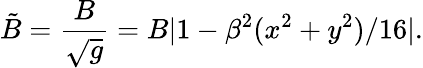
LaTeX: \tilde{B}=\frac{B}{\sqrt{g}}=B|1-\beta^{2}(x^{2}+y^{2})/16|.